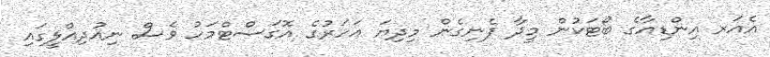
އެއަރ އިންޑިއާގެ ބޯޓަކުން މީދާ ފެނިގެން މިދިޔަ އަހަރުގެ އޮގަސްޓްމަހު ވެސް ނިއުދިއްލީގައި